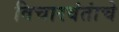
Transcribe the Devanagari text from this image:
विचारवंतांचे